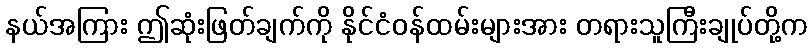
နယ်အကြား ဤဆုံးဖြတ်ချက်ကို နိုင်ငံဝန်ထမ်းများအား တရားသူကြီးချုပ်တို့က